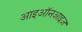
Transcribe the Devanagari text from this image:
आइऑनआइज़